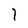
Character: l